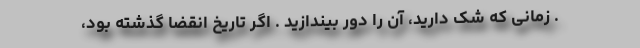
. زمانی که شک دارید، آن را دور بیندازید . اگر تاریخ انقضا گذشته بود،